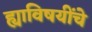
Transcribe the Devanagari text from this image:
ह्याविषयींचे